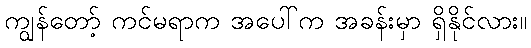
ကျွန်တော့် ကင်မရာက အပေါ်က အခန်းမှာ ရှိနိုင်လား။